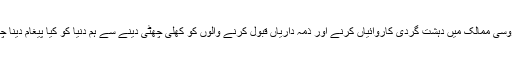
دوسرا پڑوسی ممالک میں دہشت گردی کاروائیاں کرنے اور ذمہ داریاں قبول کرنے والوں کو کھلی چھٹی دینے سے ہم دنیا کو کیا پیغام دینا چاہتے ہیں۔